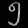
Digit: ၅